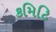
કમિટિ